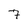
Character: 7